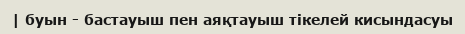
| буын - бастауыш пен аяқтауыш тікелей кисындасуы